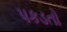
પકડતો